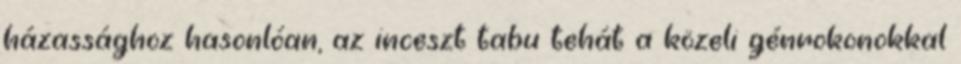
házassághoz hasonlóan, az inceszt tabu tehát a közeli génrokonokkal